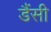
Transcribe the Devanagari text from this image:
डैंसी